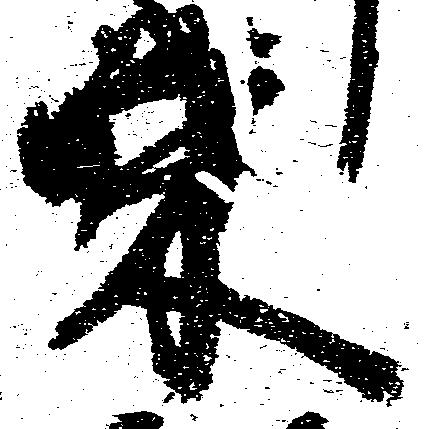
栄